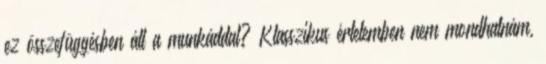
ez összefüggésben áll a munkáddal? Klasszikus értelemben nem mondhatnám,